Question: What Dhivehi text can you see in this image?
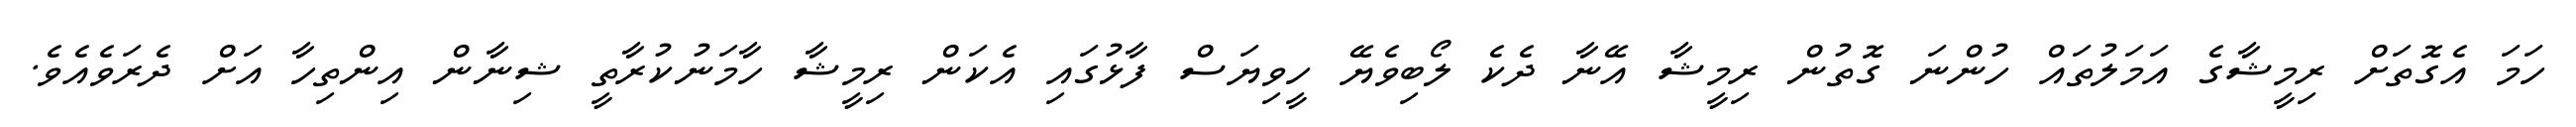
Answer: ހަމަ އެގޮތަށް ރިމީޝާގެ އަމަލުތައް ހުންނަ ގޮތުން ރިމީޝާ އޭނާ ދެކެ ލޯބިވެޔޭ ހީވިޔަސް ފާޅުގައި އެކަން ރިމީޝާ ހާމަނުކުރާތީ ޝިނާން އިންތިހާ އަށް ދެރަވެއެވެ.